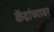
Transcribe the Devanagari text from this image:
केंद्रांच्यावर